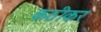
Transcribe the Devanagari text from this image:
कठीकर